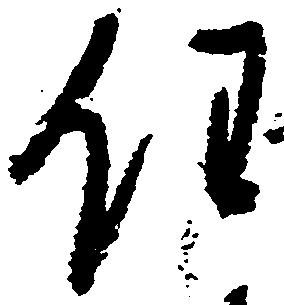
任